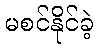
မစင်နိုင်ခဲ့